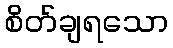
စိတ်ချရသော